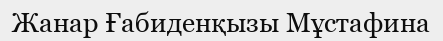
Жанар Ғабиденқызы Мұстафина